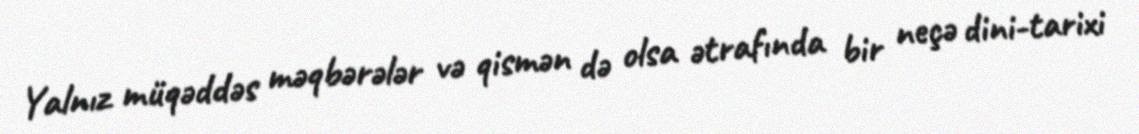
Yalnız müqəddəs məqbərələr və qismən də olsa ətrafında bir neçə dini-tarixi